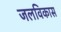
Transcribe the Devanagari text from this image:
जलविकास